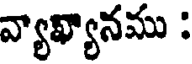
వ్యాఖ్యానము :